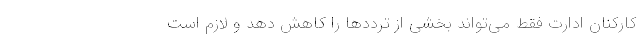
کارکنان ادارت فقط می‌تواند بخشی از ترددها را کاهش دهد و لازم است